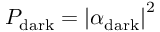
P _ { \mathrm { d a r k } } = \left| \alpha _ { \mathrm { d a r k } } \right| ^ { 2 }